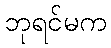
ဘုရင်မက